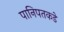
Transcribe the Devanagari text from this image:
पानिपतकडे